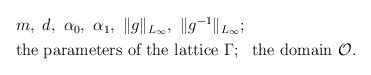
\begin{align*}\begin{aligned}&m,\ d,\ \alpha _0,\ \alpha _1,\ \Vert g\Vert _{L_\infty},\ \Vert g^{-1}\Vert _{L_\infty};\\&\textnormal{the parameters of the lattice}\ \Gamma; \ \ \textnormal{the domain} \ \mathcal{O}.\end{aligned}\end{align*}